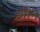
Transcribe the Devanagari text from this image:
शोन